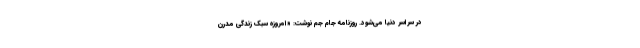
در سراسر دنیا می‌شود. روزنامه جام جم نوشت: «امروزه سبک زندگی مدرن